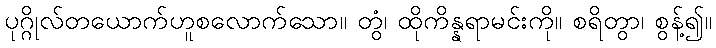
ပုဂ္ဂိုလ်တယောက်ဟူစလောက်သော။ တွံ၊ ထိုကိန္နရာမင်းကို။ စရိတွာ၊ စွန့်၍။